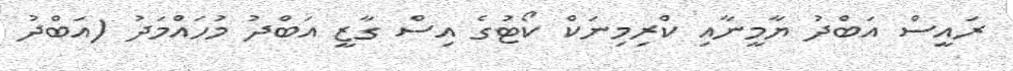
ރައީސް އަބްދު ޔާމީނާއި ކްރިމިނަކް ކޯޓުގެ އިސް ގާޒީ އަބްދު މުހައްމަދު (އަބްދު